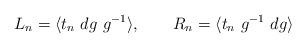
\begin{align*}L_n =\langle t_n~ dg~g^{-1}\rangle ,~~~~~~ R_n =\langle t_n~ g^{-1}~dg\rangle\end{align*}